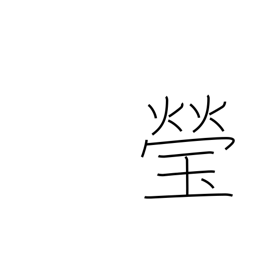
Meaning: clear